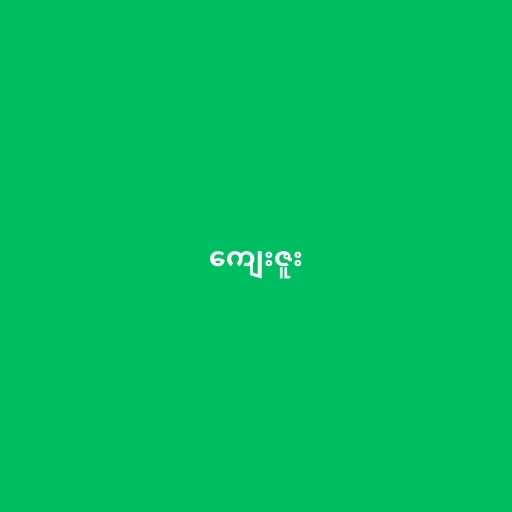
ကျေးဇူး